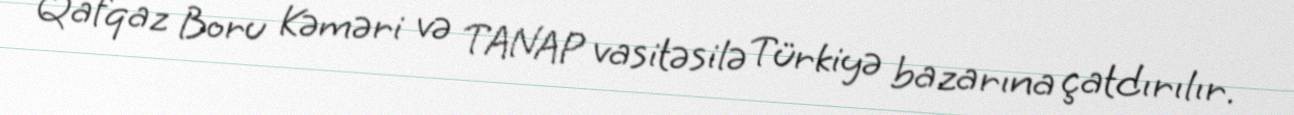
Qafqaz Boru Kəməri və TANAP vasitəsilə Türkiyə bazarına çatdırılır.